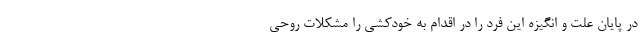
در پایان علت و انگیزه این فرد را در اقدام به خودکشی را مشکلات روحی